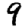
Digit: 9